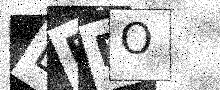
Text: LFFO